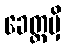
ခေတ္တမှိ